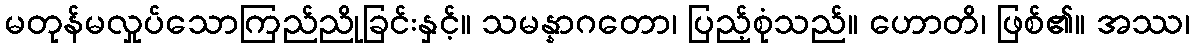
မတုန်မလှုပ်သောကြည်ညိုခြင်းနှင့်။ သမန္နာဂတော၊ ပြည့်စုံသည်။ ဟောတိ၊ ဖြစ်၏။ အဿ၊